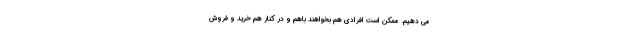
می دهیم. ممکن است افرادی هم بخواهند باهم و در کنار هم خرید و فروش